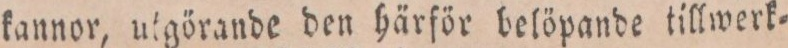
kannor, utgörande den härför belöpande tillwerk=